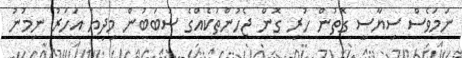
ނަމަވެސް ސިޔާސީ ގޮތުން ހުރި ގޮން ޖެހުންތަކެއްގެ ސަބަބުން މިދިޔަ އަހަރު ނިމުނު